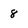
Character: 8